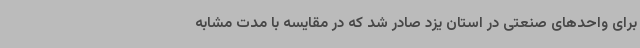
برای واحدهای صنعتی در استان یزد صادر شد که در مقایسه با مدت مشابه